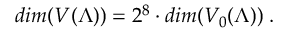
d i m ( V ( \Lambda ) ) = 2 ^ { 8 } \cdot d i m ( V _ { 0 } ( \Lambda ) ) \; .